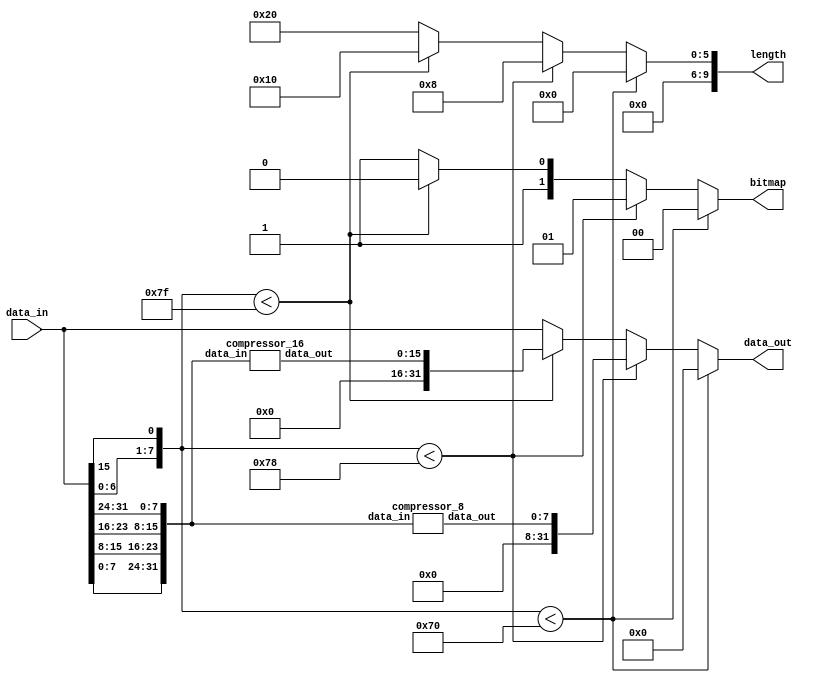
`timescale 1ns / 1ps



module compress_unit(
    input [31:0] data_in, 
    output reg [1:0] bitmap, 
    output reg [9:0] length,
    output reg [31:0] data_out
    );

wire [7:0] exponent;

wire [31:0] res_0;
wire [31:0] res_8;
wire [31:0] res_16;
wire [31:0] res_32;

wire [7:0] compressor_8_out;
wire [15:0] compressor_16_out;

assign res_0 = 32'b0;
assign res_8 = {24'b0, compressor_8_out};
assign res_16 = {16'b0, compressor_16_out};
assign res_32 = data_in;

    assign exponent = {data_in[6:0],data_in[15]};
    
compressor_8 c8(
    .data_in({data_in[7:0],data_in[15:8],data_in[23:16],data_in[31:24]}), 
    .data_out(compressor_8_out)
);

compressor_16 c16(
    .data_in({data_in[7:0],data_in[15:8],data_in[23:16],data_in[31:24]}), 
    .data_out(compressor_16_out)
);

always@ (*) begin
    if (exponent < 112) begin
        bitmap = 2'b00; 
        length = 0;
        data_out = res_0;
    end
    else if (exponent < 120) begin
        bitmap = 2'b01;
        length = 10'd8;
        data_out = res_8;
    end
    else if (exponent < 127) begin
        bitmap = 2'b10;
        length = 10'd16;
        data_out = res_16;
    end
    else begin
        bitmap = 2'b11;
        length = 10'd32;
        data_out = res_32;
    end
end

endmodule

module compressor_8(
    input [31:0] data_in, 
    output [7:0] data_out
);

wire sign;
wire [7:0] exponent;
wire [7:0] shift;
wire [22:0] mantissa;
wire [23:0] hidden_mantissa;
wire [23:0] result_mantissa;

assign sign = data_in[31];
assign exponent = data_in[30:23];
assign mantissa = data_in[22:0];

assign shift = 127 - exponent;
assign hidden_mantissa = {1'b1, mantissa};
assign result_mantissa = hidden_mantissa >> shift;

assign data_out = {sign, result_mantissa[22:16]};

endmodule

module compressor_16(
    input [31:0] data_in, 
    output [15:0] data_out
);

wire sign;
wire [7:0] exponent;
wire [7:0] shift;
wire [22:0] mantissa;
wire [23:0] hidden_mantissa;
wire [23:0] result_mantissa;

assign sign = data_in[31];
assign exponent = data_in[30:23];
assign mantissa = data_in[22:0];

assign shift = 127 - exponent;
assign hidden_mantissa = {1'b1, mantissa};
assign result_mantissa = hidden_mantissa >> shift;

assign data_out = {sign, result_mantissa[22:8]};

endmodule